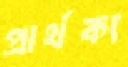
প্রার্থক্য